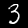
Digit: 3